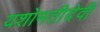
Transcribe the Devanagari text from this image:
यशोमतीदेवी